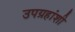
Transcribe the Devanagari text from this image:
उपग्रहांशी